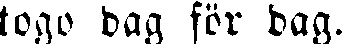
togo dag för dag.